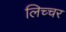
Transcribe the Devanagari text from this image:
लिच्चर